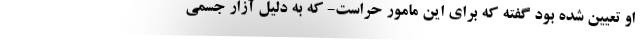
او تعيين شده بود گفته كه براي اين مامور حراست‌- كه به‌ دليل آزار جسمي